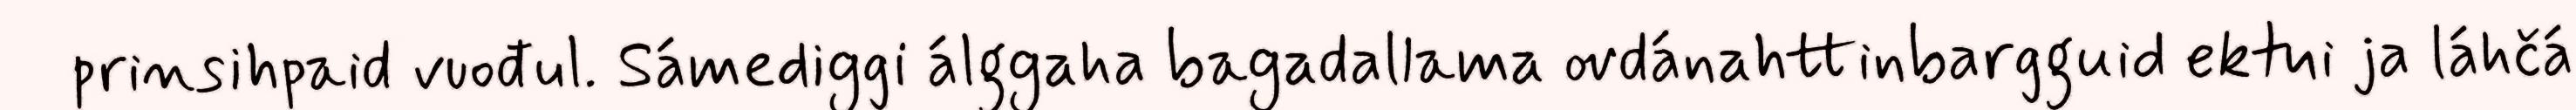
prinsihpaid vuođul. Sámediggi álggaha bagadallama ovdánahttinbargguid ektui ja láhčá